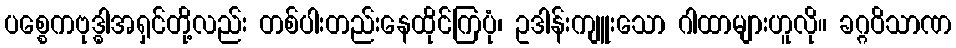
ပစ္စေကဗုဒ္ဓါအရှင်တို့လည်း တစ်ပါးတည်းနေထိုင်ကြပုံ၊ ဥဒါန်းကျူးသော ဂါထာများဟူလို။ ခဂ္ဂဝိသာဏ